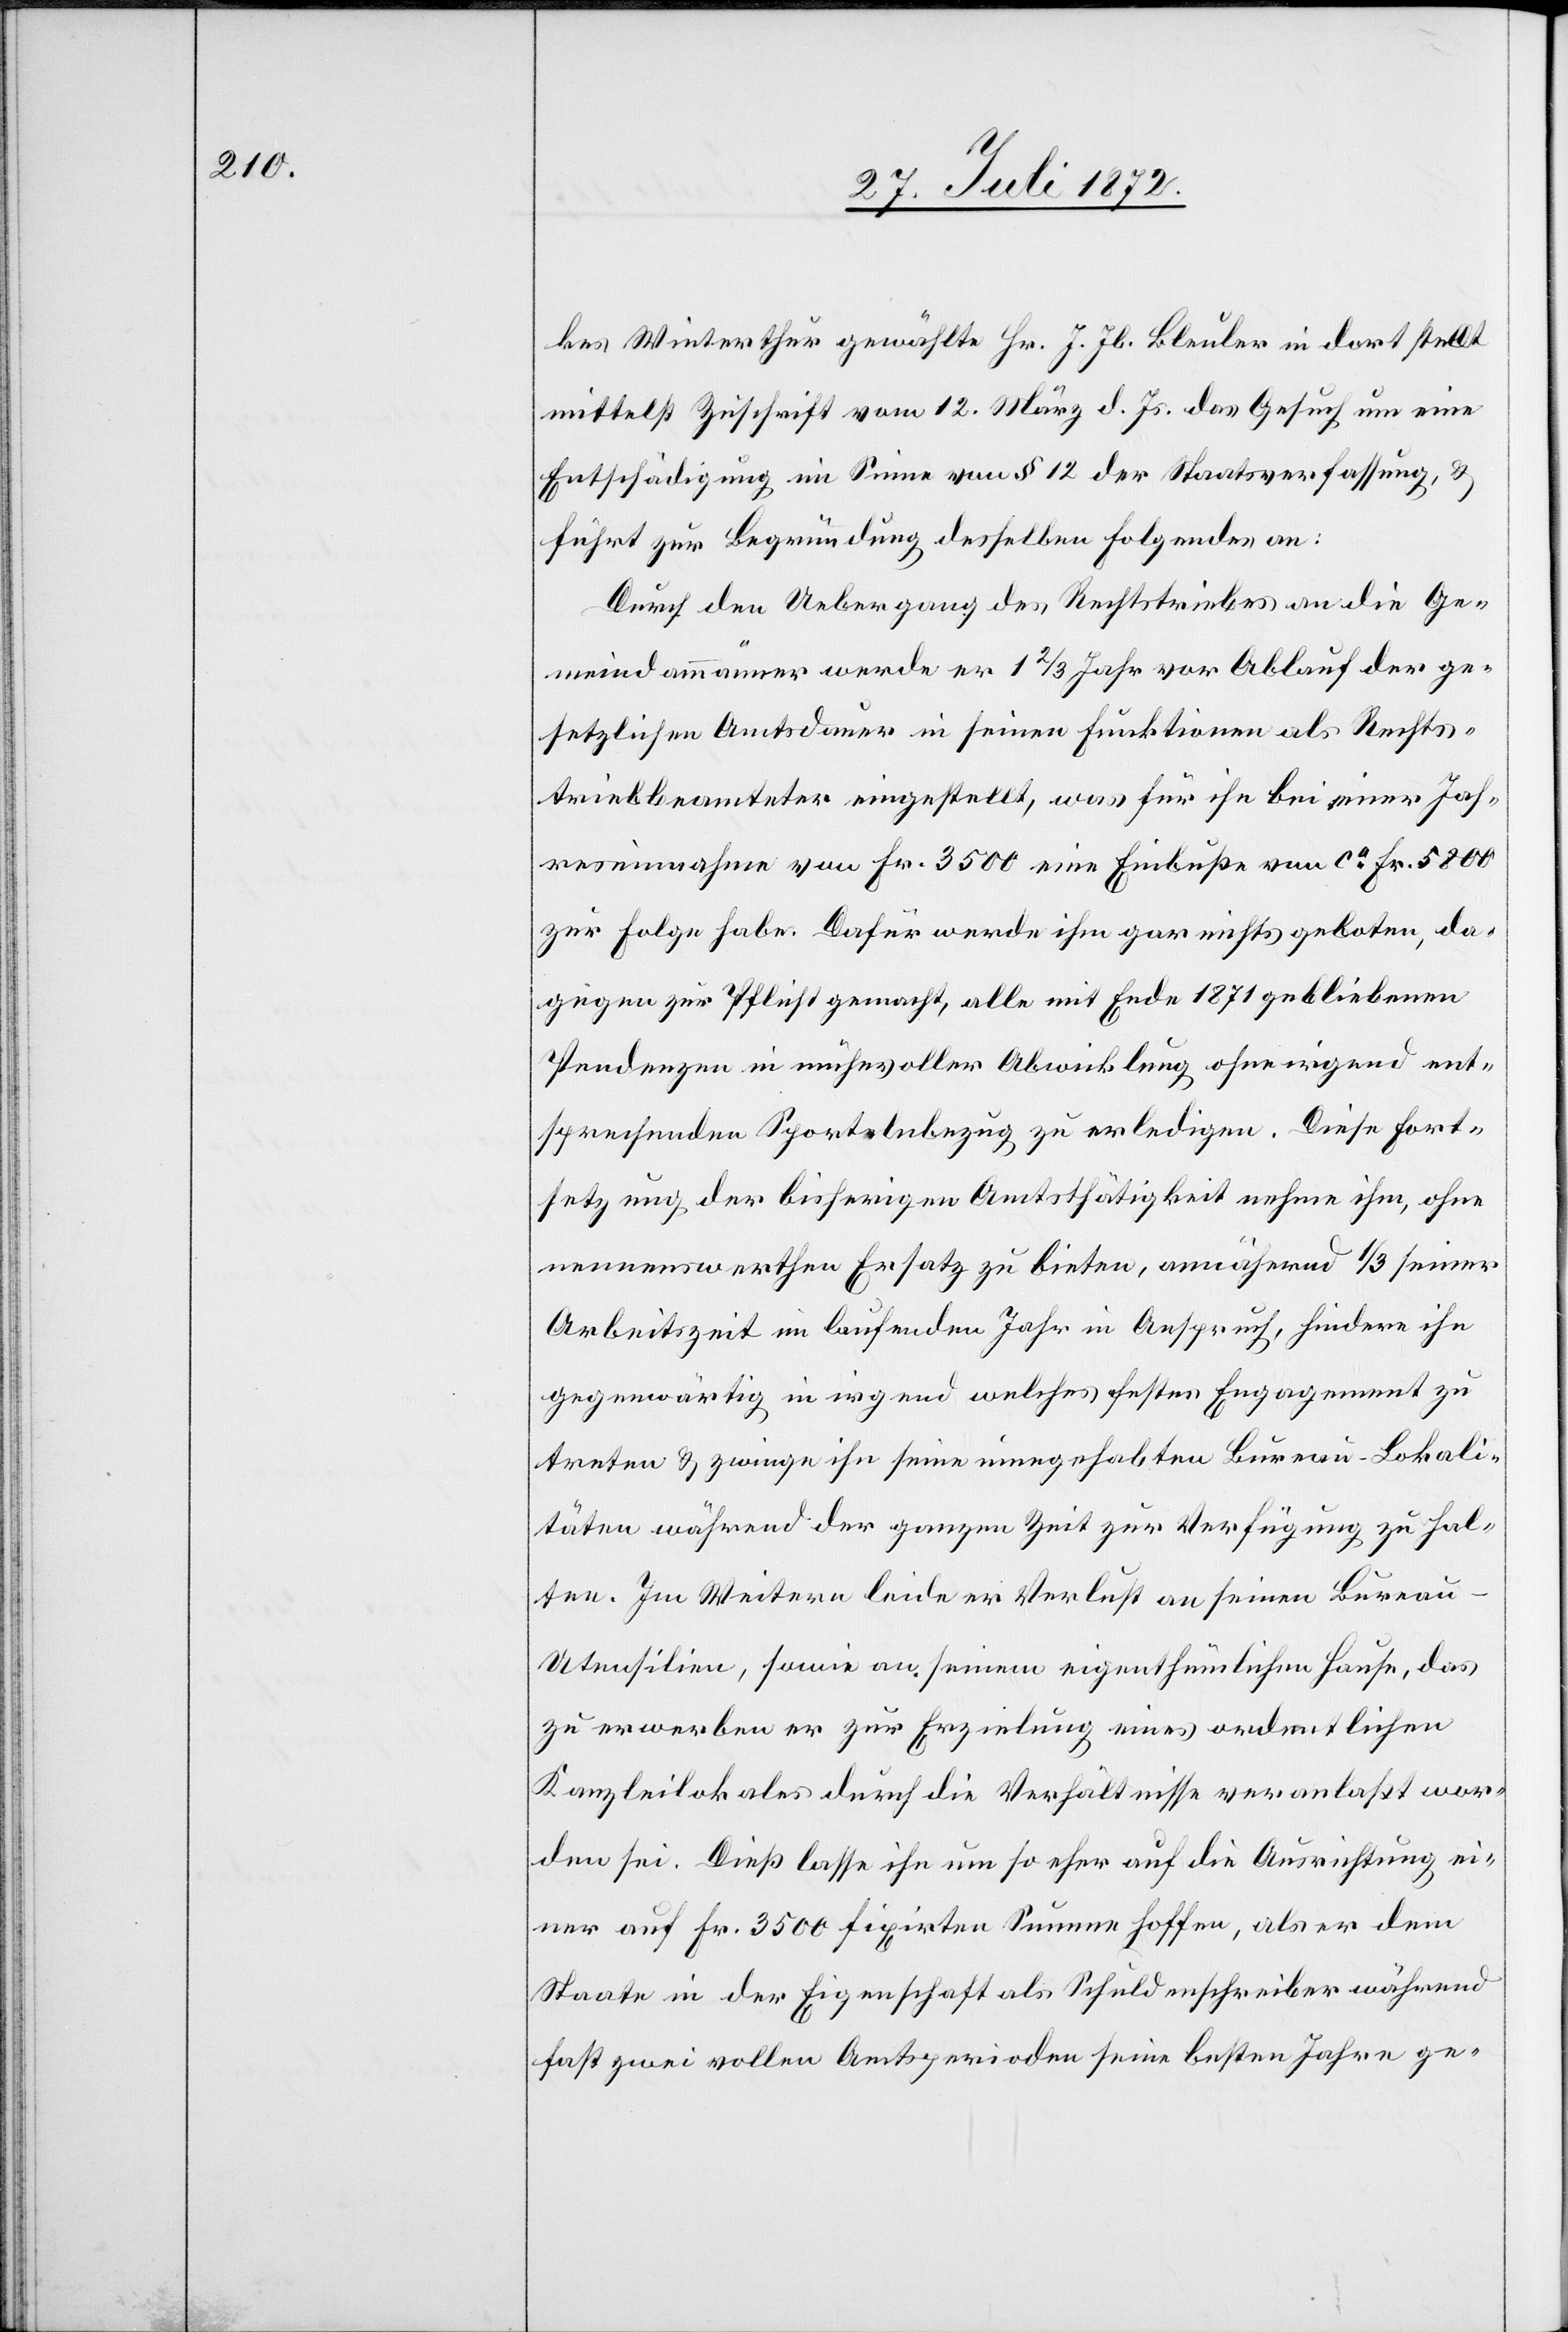
kes Winterthur gewählte Hr. J. Jb. Bleuler in dort stellt
mittelst Zuschrift vom 12. März d. Js. das Gesuch um eine
Entschädigung im Sinne von § 12 der Staatsverfassung, u.
führt zur Begründung desselben folgendes an:
Durch den Uebergang des Rechtstriebes an die Ge¬
meindammänner werde er 1 2/3 Jahr vor Ablauf der ge¬
setzlichen Amtsdauer in seinen Funktionen als Rechts¬
triebsbeamteter eingestellt, was für ihn bei einer Jah¬
reseinnahme von Fr. 3500 eine Einbuße von ca Fr. 5800
zur Folge habe. Dafür werde ihm gar nichts geboten, da¬
gegen zur Pflicht gemacht, alle mit Ende 1871 gebliebenen
Pendenzen in mühevoller Abwicklung ohne irgend ent¬
sprechenden Sportelnbezug zu erledigen. Diese Fort¬
setzung der bisherigen Amtsthätigkeit nehme ihm, ohne
nennenswerthen Ersatz zu bieten, annähernd 1/3 seiner
Arbeitszeit im laufenden Jahr in Anspruch, hindere ihn
gegenwärtig in irgend welches festes Engagement zu
treten u. zwinge ihn seine innegehabten Bureau-Lokali¬
täten während der ganzen Zeit zur Verfügung zu hal¬
ten. Im Weitern leide er Verlust an seinen Burea¬
u-Utensilien, sowie an seinem eigenthümlichen Hause, das
zu erwerben er zur Erzielung eines ordentlichen
Kanzleilokales durch die Verhältnisse veranlaßt wor¬
den sei. Dieß lasse ihn um so eher auf die Ausrichtung ei¬
ner auf Fr. 3500 fixirten Summe hoffen, als er dem
Staate in der Eigenschaft als Schuldenschreiber während
fast zwei vollen Amtsperioden seine besten Jahre ge-